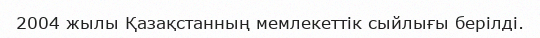
2004 жылы Қазақстанның мемлекеттік сыйлығы берілді.